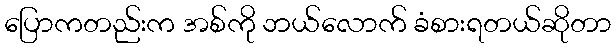
ပြောကတည်းက အစ်ကို ဘယ်လောက် ခံစားရတယ်ဆိုတာ